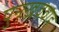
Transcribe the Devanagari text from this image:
पुनख्रववाह